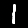
Digit: 1